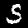
Digit: 5